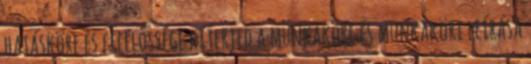
hatásköre és felelőssége kiterjed a munkaköre és munkaköri leírása